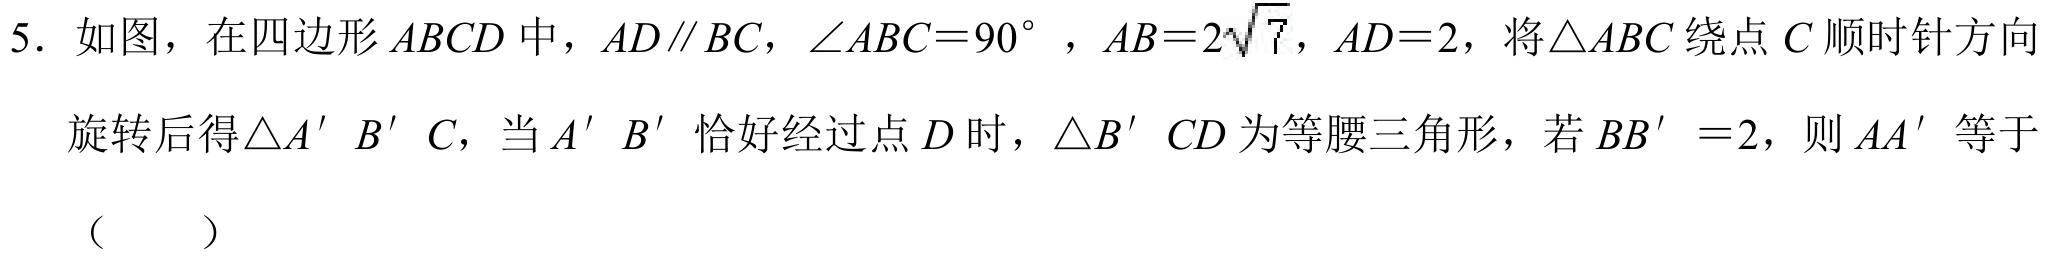
5. 如图，在四边形\(ABCD\)中，\(AD\parallel BC\)，\(\angle ABC = 90^{\circ}\)，\(AB = 2\sqrt{7}\)，\(AD = 2\)，将\(\triangle ABC\)绕点\(C\)顺时针方向
旋转后得\(\triangle A'B'C\)，当\(A'B'\)恰好经过点\(D\)时，\(\triangle B'CD\)为等腰三角形，若\(BB' = 2\)，则\(AA'\)等于
（  ）